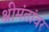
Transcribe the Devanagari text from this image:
श्रीमंतांवर